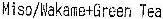
MISO/WAKAME+GREEN TEA